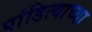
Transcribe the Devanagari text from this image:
पांडित्याच्या